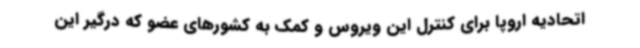
اتحادیه اروپا برای کنترل این ویروس و کمک به کشورهای عضو که درگیر این